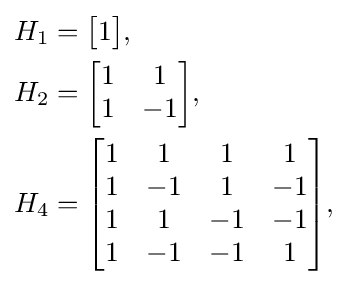
{\begin{aligned}H_{1}&={\begin{bmatrix}1\end{bmatrix}},\\H_{2}&={\begin{bmatrix}1&1\\1&-1\end{bmatrix}},\\H_{4}&={\begin{bmatrix}1&1&1&1\\1&-1&1&-1\\1&1&-1&-1\\1&-1&-1&1\end{bmatrix}},\end{aligned}}